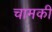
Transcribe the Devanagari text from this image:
चामकी